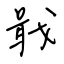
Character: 戢